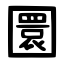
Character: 圜